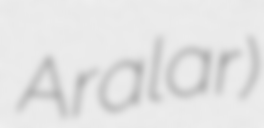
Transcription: Aralar)